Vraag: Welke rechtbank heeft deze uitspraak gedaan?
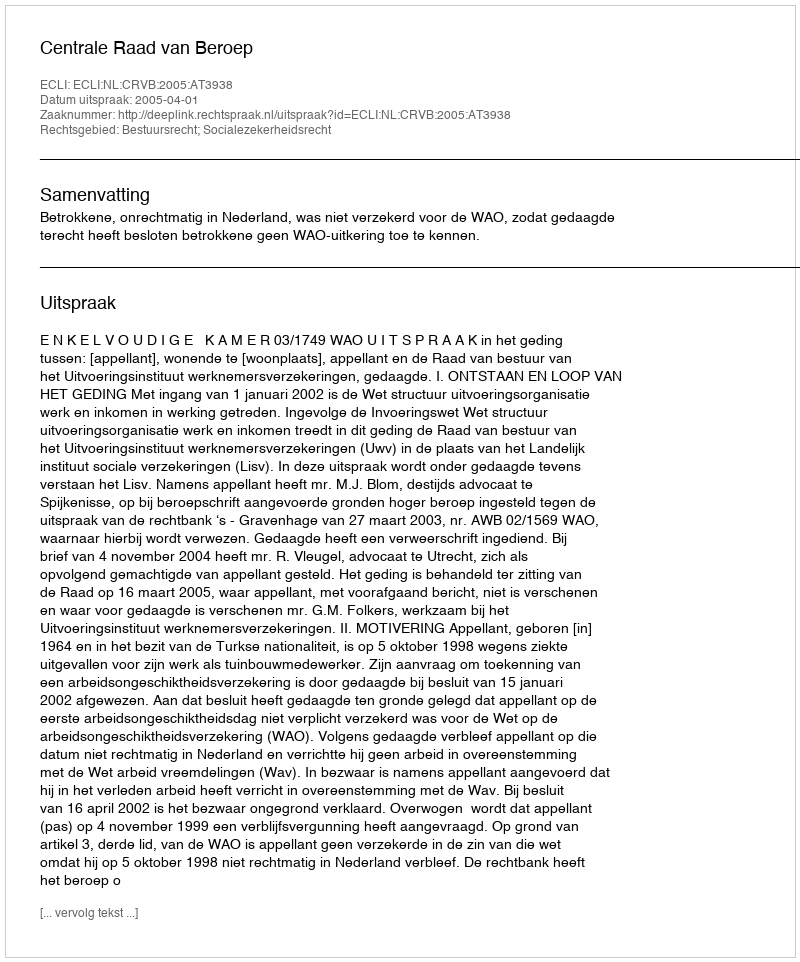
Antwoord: Centrale Raad van Beroep